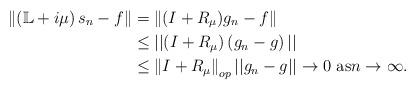
LaTeX: \begin{align*}\left\Vert \left( \mathbb{L}+i\mu\right) s_{n}-f\right\Vert & =\left\Vert(I+R_{\mu})g_{n}-f\right\Vert \\& \leq||(I+R_{\mu})\left( g_{n}-g\right) ||\\& \leq\left\Vert I+R_{\mu}\right\Vert _{op}||g_{n}-g||\rightarrow0\text{ as}n\rightarrow\infty.\end{align*}